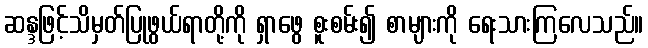
ဆန္ဒဖြင့်သိမှတ်ပြုဖွယ်ရာတို့ကို ရှာဖွေ စူးစမ်း၍ စာများကို ရေးသားကြလေသည်။